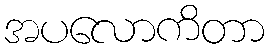
အပလောကိတာ